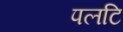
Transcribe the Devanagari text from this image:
पलटि